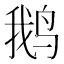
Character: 鹅